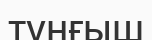
тұнғыш